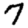
Digit: 7